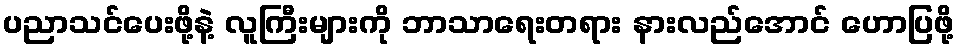
ပညာသင်ပေးဖို့နဲ့ လူကြီးများကို ဘာသာရေးတရား နားလည်အောင် ဟောပြဖို့